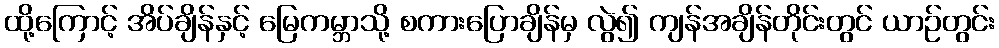
ထို့ကြောင့် အိပ်ချိန်နှင့် မြေကမ္ဘာသို့ စကားပြောချိန်မှ လွဲ၍ ကျန်အချိန်တိုင်းတွင် ယာဉ်တွင်း